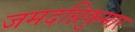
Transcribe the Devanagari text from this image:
जमदग्निकुमार